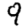
Digit: 9